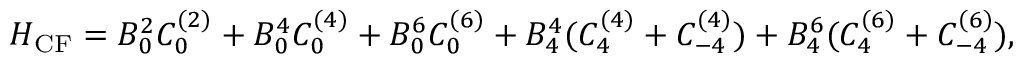
H _ { \mathrm { C F } } = B _ { 0 } ^ { 2 } C _ { 0 } ^ { ( 2 ) } + B _ { 0 } ^ { 4 } C _ { 0 } ^ { ( 4 ) } + B _ { 0 } ^ { 6 } C _ { 0 } ^ { ( 6 ) } + B _ { 4 } ^ { 4 } ( C _ { 4 } ^ { ( 4 ) } + C _ { - 4 } ^ { ( 4 ) } ) + B _ { 4 } ^ { 6 } ( C _ { 4 } ^ { ( 6 ) } + C _ { - 4 } ^ { ( 6 ) } ) ,